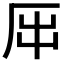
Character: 𠩀